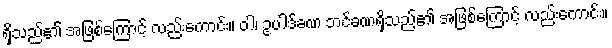
ရှိသည်၏ အဖြစ်ကြောင့် လည်းကောင်း။ ဝါ၊ ဥပါဒ်ခဏ ဘင်ခဏရှိသည်၏ အဖြစ်ကြောင့် လည်းကောင်း။